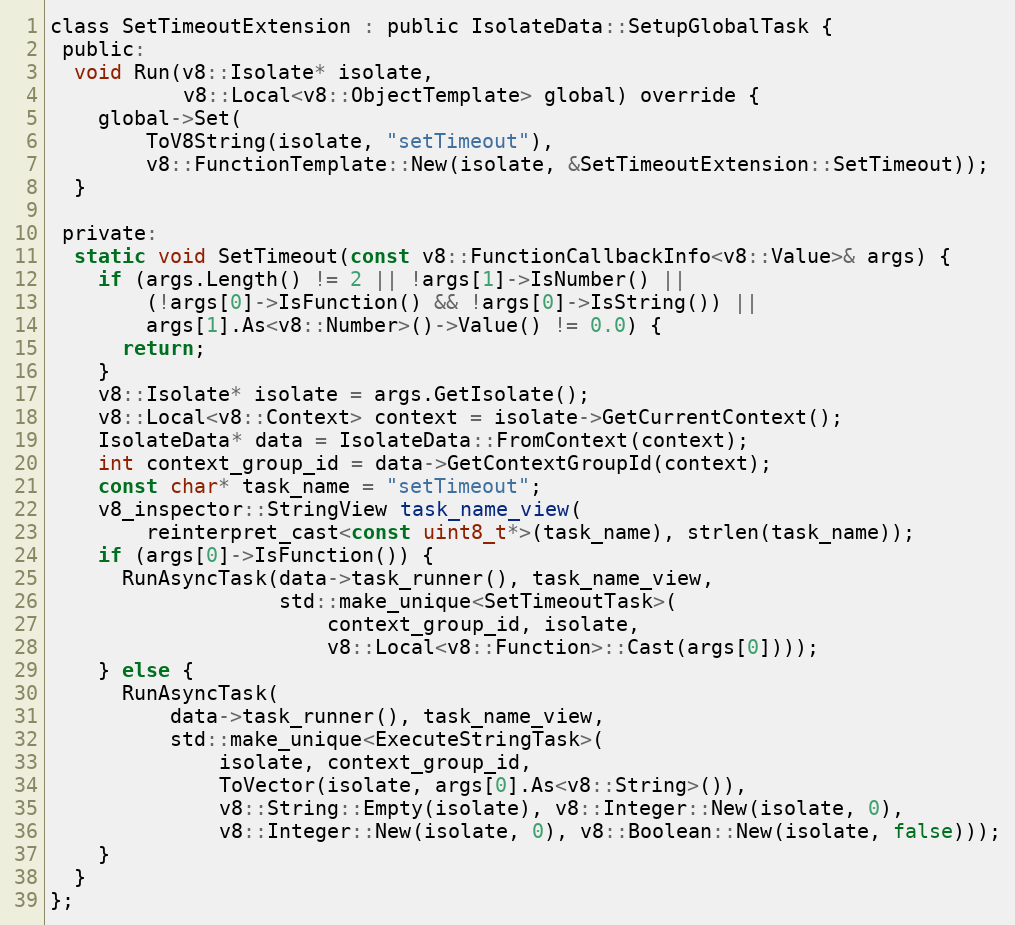
Language: C
class SetTimeoutExtension : public IsolateData::SetupGlobalTask {
 public:
  void Run(v8::Isolate* isolate,
           v8::Local<v8::ObjectTemplate> global) override {
    global->Set(
        ToV8String(isolate, "setTimeout"),
        v8::FunctionTemplate::New(isolate, &SetTimeoutExtension::SetTimeout));
  }

 private:
  static void SetTimeout(const v8::FunctionCallbackInfo<v8::Value>& args) {
    if (args.Length() != 2 || !args[1]->IsNumber() ||
        (!args[0]->IsFunction() && !args[0]->IsString()) ||
        args[1].As<v8::Number>()->Value() != 0.0) {
      return;
    }
    v8::Isolate* isolate = args.GetIsolate();
    v8::Local<v8::Context> context = isolate->GetCurrentContext();
    IsolateData* data = IsolateData::FromContext(context);
    int context_group_id = data->GetContextGroupId(context);
    const char* task_name = "setTimeout";
    v8_inspector::StringView task_name_view(
        reinterpret_cast<const uint8_t*>(task_name), strlen(task_name));
    if (args[0]->IsFunction()) {
      RunAsyncTask(data->task_runner(), task_name_view,
                   std::make_unique<SetTimeoutTask>(
                       context_group_id, isolate,
                       v8::Local<v8::Function>::Cast(args[0])));
    } else {
      RunAsyncTask(
          data->task_runner(), task_name_view,
          std::make_unique<ExecuteStringTask>(
              isolate, context_group_id,
              ToVector(isolate, args[0].As<v8::String>()),
              v8::String::Empty(isolate), v8::Integer::New(isolate, 0),
              v8::Integer::New(isolate, 0), v8::Boolean::New(isolate, false)));
    }
  }
};